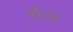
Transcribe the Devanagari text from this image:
कौंसी